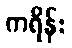
ကရိန်း